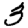
Digit: 3